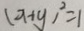
( x + y ) ^ { 2 } = 1